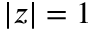
| z | = 1